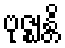
ဗုဇ္ဈန္တိ